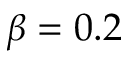
\beta = 0 . 2